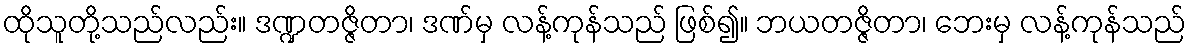
ထိုသူတို့သည်လည်း။ ဒဏ္ဍတဇ္ဇိတာ၊ ဒဏ်မှ လန့်ကုန်သည် ဖြစ်၍။ ဘယတဇ္ဇိတာ၊ ဘေးမှ လန့်ကုန်သည်